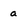
Character: a